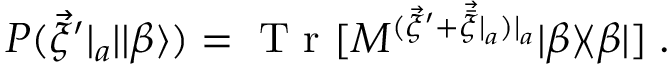
\begin{array} { r } { P ( \vec { \xi } ^ { \prime } | _ { a } | | \beta \rangle ) = \mathrm { ~ T ~ r ~ } [ M ^ { ( \vec { \xi } ^ { \prime } + \vec { \bar { \xi } } | _ { a } ) | _ { a } } | \beta \rangle \! \langle \beta | ] \; . } \end{array}